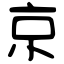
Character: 京